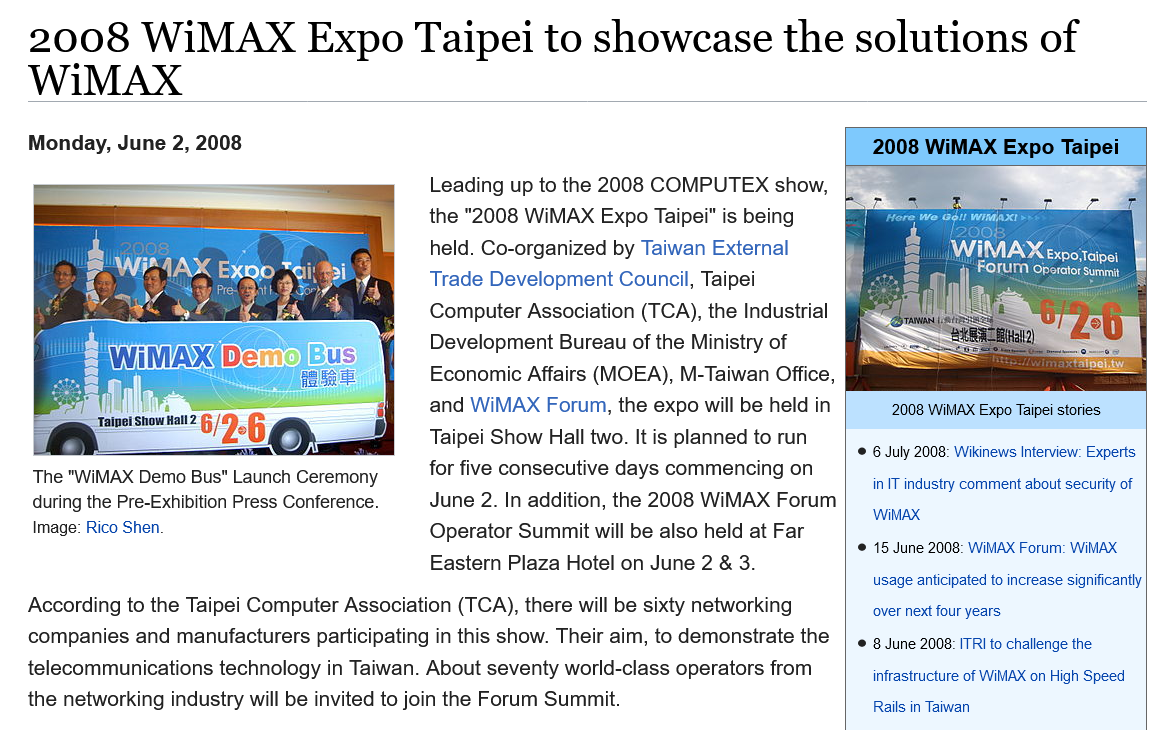
According to the Taipei Computer Association (TCA), there will be sixty networking
   companies and manufacturers participating in this show. Their aim, to demonstrate the
   telecommunications technology in Taiwan. About seventy world-class operators from
   the networking industry will be invited to join the Forum Summit.
    The "WiMAX Demo Bus" Launch Ceremony
    during the Pre-Exhibition Press Conference.
    Image: Rico Shen.
     Leading up to the 2008 COMPUTEX show,
     the "2008 WiMAX Expo Taipei" is being
     held. Co-organized by Taiwan External
     Trade Development Council, Taipei
     Computer Association (TCA), the Industrial
     Development Bureau of the Ministry of
     Economic Affairs (MOEA), M-Taiwan Office,
     and WiMAX  Forum, the expo will be held in
     Taipei Show Hall two. It is planned to run
     for five consecutive days commencing on
     June 2. In addition, the 2008 WiMAX Forum
     Operator Summit will be also held at Far
     Eastern Plaza Hotel on June 2 & 3.
     2008 WiMAX  Expo Taipei
     2008 WiMAX Expo Taipei stories
     © 6 July 2008: Wikinews Interview: Experts
     in IT industry comment about security of
     ‘WiMAX
     © 15 June 2008: WiMAX Forum: WiMAX
     usage anticipated to increase significantly
     over next four years
     © 8 June 2008: ITRI to challenge the
     infrastructure of WiMAX on High Speed
   Monday, June  2, 2008
   2008    WiMAX    Expo   Taipei    to  showcase    the    solutions    of
   WiMAX